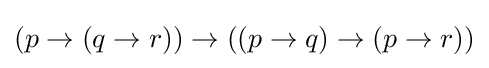
(p\to (q\to r))\to ((p\to q)\to (p\to r))